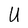
Character: U